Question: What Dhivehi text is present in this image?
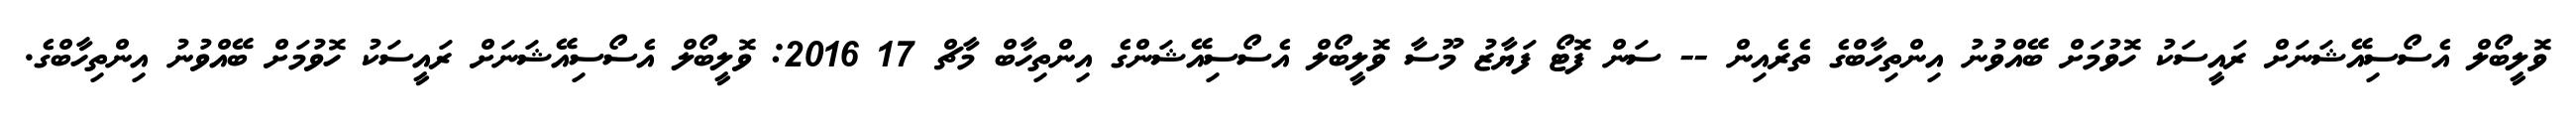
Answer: ވޮލީބޯލް އެސޯސިއޭޝަނަށް ރައީސަކު ހޮވުމަށް ބޭއްވުނު އިންތިހާބްގެ ތެރެއިން -- ސަން ފޮޓޯ ފަޔާޒު މޫސާ ވޮލީބޯލް އެސޯސިއޭޝަންގެ އިންތިހާބް މާޗް 17 2016: ވޮލީބޯލް އެސޯސިއޭޝަނަށް ރައީސަކު ހޮވުމަށް ބޭއްވުނު އިންތިހާބްގެ.